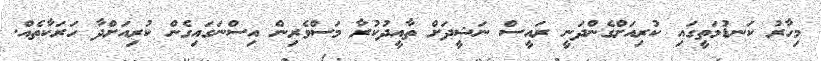
މިހާރު ކަނޑުމަތީގައި ކުރިއަށްގެންދަނީ ރައީސް ނަޝީދަށް ތާއީދުކުރާ މަސްވެރިން އިސްނަގައިގެން ކުރިއަށްދާ ހަރަކާތެއް.